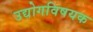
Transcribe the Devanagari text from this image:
उद्योगविषयक